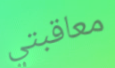
معاقبتي